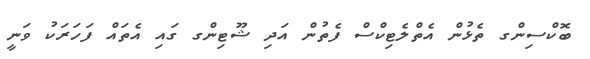
ބޮކްސިންގ ތެޅުން އެތްލެޓިކްސް ފެތުން އަދި ޝޫޓިންގ ގައި އެތައް ފަހަރަކު ވަނީ